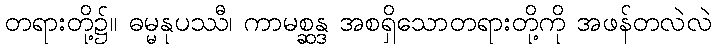
တရားတို့၌။ ဓမ္မနုပဿီ၊ ကာမစ္ဆန္ဒ အစရှိသောတရားတို့ကို အဖန်တလဲလဲ